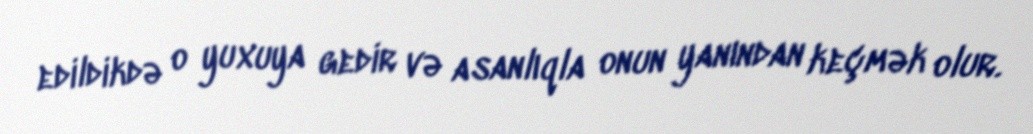
edildikdə o yuxuya gedir və asanlıqla onun yanından keçmək olur.